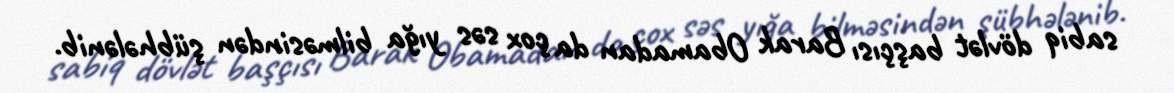
sabiq dövlət başçısı Barak Obamadan da çox səs yığa bilməsindən şübhələnib.